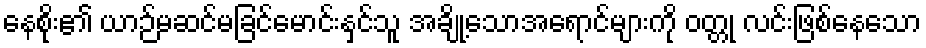
နေစိုး၏ ယာဉ်မဆင်မခြင်မောင်းနှင်သူ အချို့သောအရောင်များကို ဝတ္တု လင်းဖြစ်နေသော